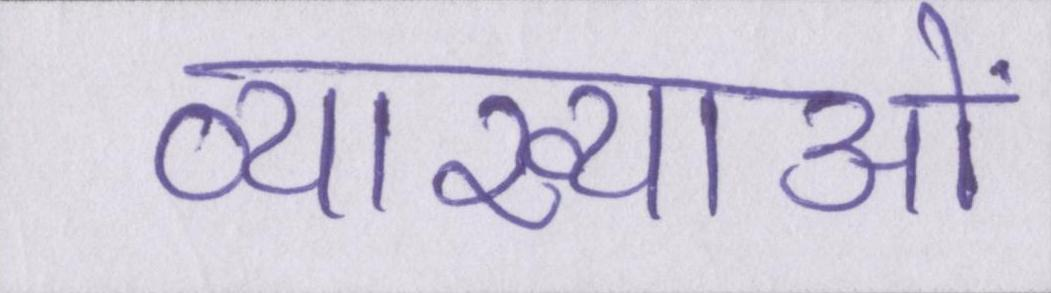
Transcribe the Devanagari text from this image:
व्याख्याओं